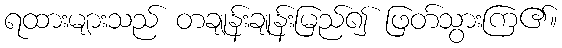
ရထားများသည် တချုန်းချုန်းမြည်၍ ဖြတ်သွားကြ၏။